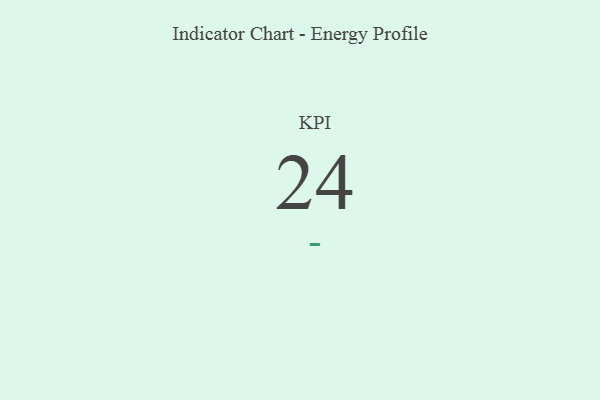
{"axis": {"x": "KPI", "y": "Value"}, "legend": [""], "data": [{"x": "KPI", "y": 24, "type": ""}]}